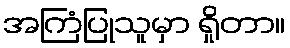
အကြံပြုသူမှာ ရှိုတာ။